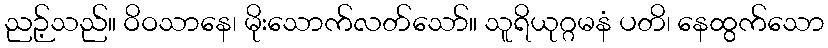
ညဉ့်သည်။ ဝိဝသာနေ၊ မိုးသောက်လတ်သော်။ သူရိယုဂ္ဂမနံ ပတိ၊ နေထွက်သော